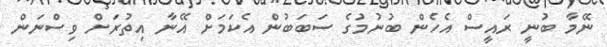
ނޭމާ ބުނީ ރައީސް އެހެން ބުނުމުގެ ސަބަބުން އެކަމަށް އޭނާ އިތުރަށް ވިސްނަން